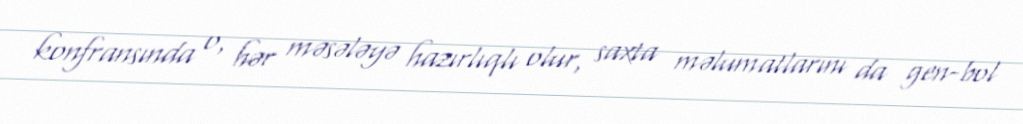
konfransında o, hər məsələyə hazırlıqlı olur, saxta məlumatlarını da gen-bol